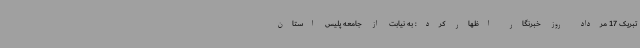
تبریک 17 مرداد روز خبرنگار اظهار کرد: به نیابت از جامعه پلیس استان